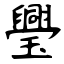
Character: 璺